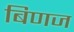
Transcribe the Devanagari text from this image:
बिणज